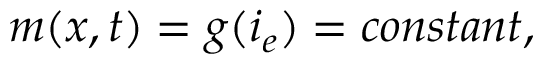
m ( x , t ) = g ( i _ { e } ) = c o n s t a n t ,